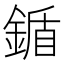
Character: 鍎